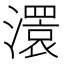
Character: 𤁆